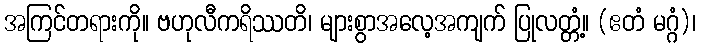
အကြင်တရားကို။ ဗဟုလီကရိဿတိ၊ များစွာအလေ့အကျက် ပြုလတ္တံ့။ (ဧတံ မဂ္ဂံ)၊